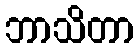
ဘာသိတာ